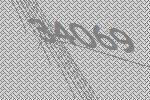
34069